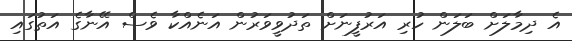
އެ ދިމާލަށް ބަލަން ހުރި އަރުފީނަށް ތަދުވީވަރުން އަނެއްކާ ވެސް އޭނާގެ އަތުގައި